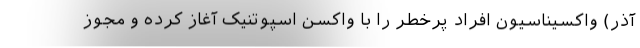
آذر) واکسیناسیون افراد پرخطر را با واکسن اسپوتنیک آغاز کرده و مجوز